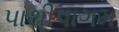
પાથીપાગમ